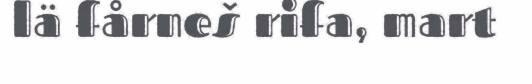
lä fårneš rifa, mart